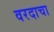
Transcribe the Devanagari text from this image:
वरदाचा